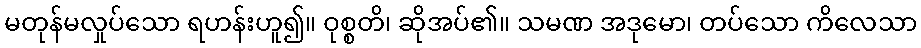
မတုန်မလှုပ်သော ရဟန်းဟူ၍။ ဝုစ္စတိ၊ ဆိုအပ်၏။ သမဏ အဒုမော၊ တပ်သော ကိလေသာ